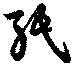
紙